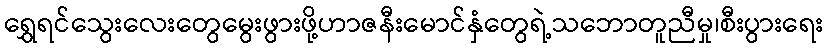
ရွှေရင်သွေးလေးတွေမွေးဖွားဖို့ဟာဇနီးမောင်နှံတွေရဲ့သဘောတူညီမှု၊စီးပွားရေး